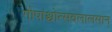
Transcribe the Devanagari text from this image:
गोषांश्चोत्सवलालसान्‌